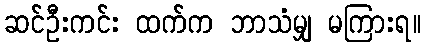
ဆင်ဦးကင်း ထက်က ဘာသံမျှ မကြားရ။